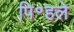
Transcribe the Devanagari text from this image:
पि॰हले